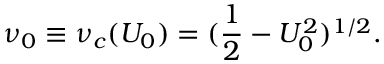
\nu _ { 0 } \equiv \nu _ { c } ( U _ { 0 } ) = ( \frac { 1 } { 2 } - U _ { 0 } ^ { 2 } ) ^ { 1 / 2 } .